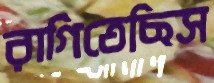
রাগিতেছিস